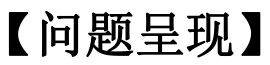
【问题呈现】